Lunatic asylums United Provinces 1899-1908 - 1899-1908
Year: 1899
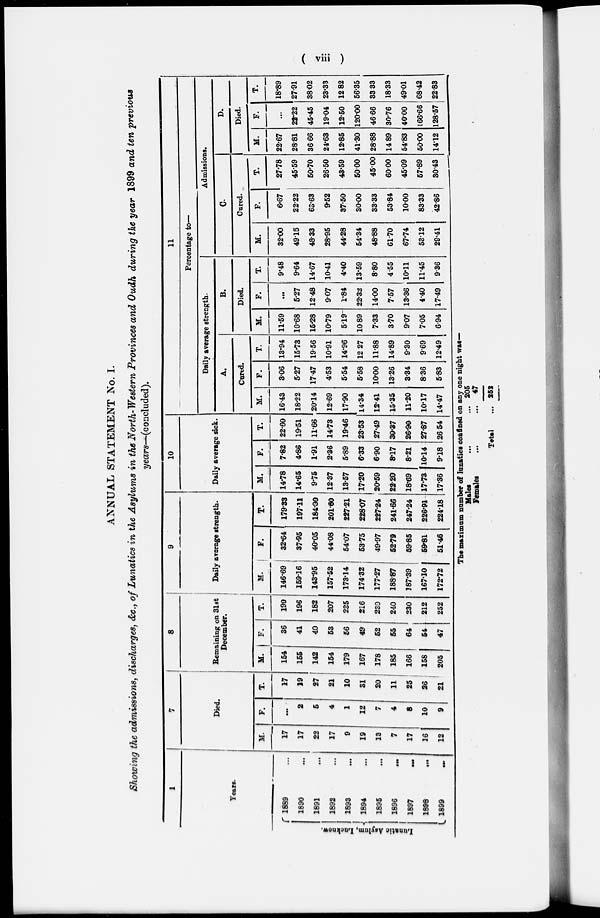
( viii )
ANNUAL STATEMENT No. I.
Showing the admissions, discharges, &c., of Lunatics in the Asylums in the North-Western Provinces and Oudh during the year 1899 and ten previous
years––(concluded ).
1
Years.
Lunatic Asylum, Lucknow.
1889 ...
1890 ...
1891 ...
1892 ...
1893 ...
1894 ...
1895 ...
1896 ...
1897
...
1898
...
1899
...
7
Died.
M.
17
17
22
17
9
19
13
7
17
16
12
F.
...
2
5
4
1
12
7
4
8
10
9
T.
17
19
27
21
10
31
20
11
25
26
21
8
Remaining on 31st
December.
M.
154
155
142
154
179
167
178
185
166
158
205
F.
36
41
40
53
56
49
52
55
64
54
47
T.
190
196
182
207
235
216
230
240
230
212
252
9
Daily average strength.
M.
146.69
159.16
143.95
157.52
173.14
174.32
177.27
188.87
187.39
167.10
172.72
F.
32.64
37.95
40.05
44.08
54.07
53.75
49.97
52.79
59.85
59.81
51.46
T.
179.33
197.11
184.00
201.60
227.21
228.07
227.24
241.66
247.24
226.91
224.18
10
Daily average sick.
M.
14.78
14.65
9.75
12.37
13.57
17.20
20.59
22.20
18.69
17 .73
17.36
F.
7.82
4.86
1.91
2.36
5.89
6.33
6.90
8.17
8.21
10.14
9.18
T.
22.60
19.51
11.66
14.73
19.46
23.53
27.49
30.37
26.90
27.87
26.54
11
Percentage to—
Daily average strength.
A.
Cured.
M.
16.43
18.22
20.14
12.69
17.90
14.34
12.41
15.35
11.20
10.17
14.47
F.
3.06
5.27
17.47
4.53
5.54
5.58
10.00
13.26
3.34
8.36
5.83
T.
13.94
15.73
19.56
10.91
14.96
12.27
11.88
14.89
9.30
9.69
12.49
B.
Died.
M.
11.59
10.68
15.28
10.79
5.19
10.89
7.33
3.70
9.07
7.05
6.94
F.
...
5.27
12.48
9.07
1.84
22.32
14.00
7.57
13.36
4.40
17.49
T.
9.48
9.64
14.67
10.41
4.40
13.59
8.80
4.55
10.11
11.45
9.36
Admissions.
C.
Cured.
M.
32.00
49.15
48.33
28.95
44.28
54.34
48.88
61.70
67.74
53.12
29.41
F.
6.67
22.22
63.63
9.52
37.50
30.00
33.33
53.84
10.00
83.33
42.86
T.
27.78
45.59
50.70
26.50
43.59
50.00
45.00
60.00
45.09
57.89
30.43
D.
Died.
M.
22.67
28.81
36.66
24.63
12.85
41.30
28.88
14.89
54.83
50.00
14.12
F.
...
22.22
45.45
19.04
12.50
120.00
46.66
30.76
40.00
166.66
128.57
T.
18.89
27.91
38.02
23.33
12.82
56.35
33 33
18.33
49.01
68.42
22.83
The maximum number of lunatics confined on any one night was—
Males
...
...
Females ... ...
Total ...
205
47
252